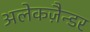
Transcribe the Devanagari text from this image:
अलेकज़ैन्डर